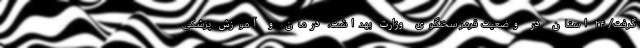
گرفت/ ۲۴ استان در وضعیت قرمز سخنگوی وزارت بهداشت، درمان و آموزش پزشکی